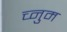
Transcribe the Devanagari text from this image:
च्नुम